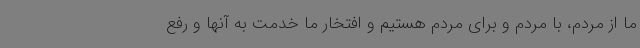
ما از مردم، با مردم و برای مردم هستیم و افتخار ما خدمت به آنها و رفع